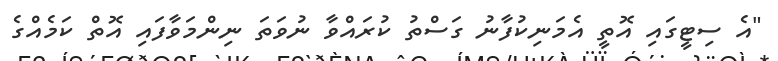
"އެ ސިޓީގައި އޮތީ އެމަނިކުފާނު ގަސްތު ކުރައްވާ ނުވަތަ ނިންމަވާފައި އޮތް ކަމެއްގެ